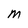
Character: M